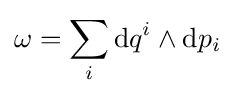
\omega =\sum _{i}\mathrm {d} q^{i}\wedge \mathrm {d} p_{i}